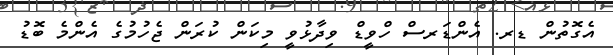
އެގޮތުން ޑރ. އެންޑަރސް ހްވީޑް ވިދާޅުވީ މިކަން ކުރަން ޖެހުމުގެ އެންމެ ބޮޑު